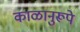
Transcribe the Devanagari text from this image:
काळानुरूपे